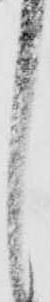
し